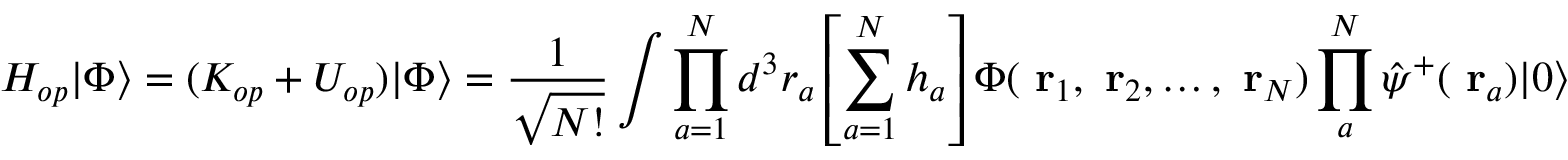
H _ { o p } | \Phi \rangle = ( K _ { o p } + U _ { o p } ) | \Phi \rangle = \frac { 1 } { \sqrt { N ! } } \int \prod _ { a = 1 } ^ { N } d ^ { 3 } r _ { a } \left[ \sum _ { a = 1 } ^ { N } h _ { a } \right] \Phi ( \mathrm { \bf ~ r } _ { 1 } , \mathrm { \bf ~ r } _ { 2 } , \dots , \mathrm { \bf ~ r } _ { N } ) \prod _ { a } ^ { N } \hat { \psi } ^ { + } ( \mathrm { \bf ~ r } _ { a } ) | 0 \rangle